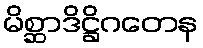
မိစ္ဆာဒိဋ္ဌိဂတေန